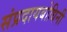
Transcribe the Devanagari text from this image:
संप्रदायबोधिनी